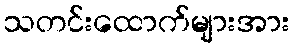
သတင်းထောက်များအား